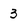
Character: 3